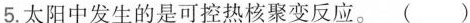
5.太阳中发生的是可控热核聚变反应。 ( )